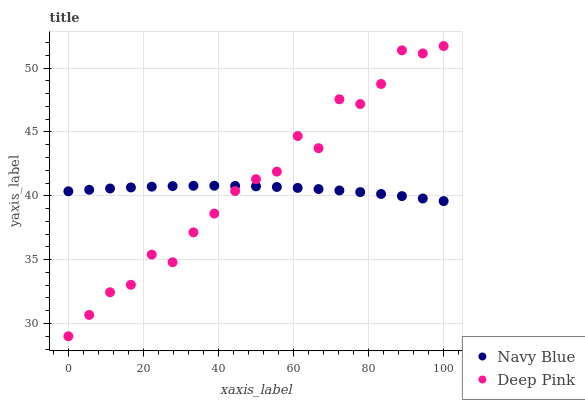
| xaxis_label | Navy Blue | Deep Pink |
 | --- | --- | --- |
 | 0 | 40.4 | 29 |
 | 5.56 | 40.5 | 30.7 |
 | 11.1 | 40.6 | 32.4 |
 | 16.7 | 40.7 | 33 |
 | 22.2 | 40.7 | 35.4 |
 | 27.8 | 40.8 | 34.8 |
 | 33.3 | 40.8 | 37.1 |
 | 38.9 | 40.8 | 38.6 |
 | 44.4 | 40.8 | 40.4 |
 | 50 | 40.7 | 41.3 |
 | 55.6 | 40.7 | 41.9 |
 | 61.1 | 40.6 | 44.7 |
 | 66.7 | 40.5 | 43.7 |
 | 72.2 | 40.4 | 47.6 |
 | 77.8 | 40.3 | 47.2 |
 | 83.3 | 40.1 | 48.8 |
 | 88.9 | 40 | 51.4 |
 | 94.4 | 39.8 | 51.1 |
 | 100 | 39.6 | 51.7 |